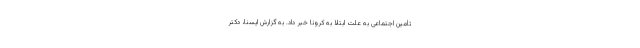
تأمین اجتماعی به علت ابتلا به کرونا خبر داد. به گزارش ایسنا، دکتر